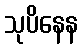
သုပိနေန